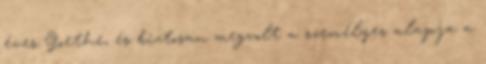
éves Goethe, és biztosan megvolt a személyes alapja a